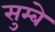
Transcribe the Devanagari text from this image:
सुम्बे